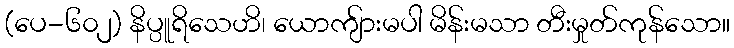
(ပေ-၆၀၂) နိပ္ပူရိသေဟိ၊ ယောကျ်ားမပါ မိန်းမသာ တီးမှုတ်ကုန်သော။